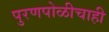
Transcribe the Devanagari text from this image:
पुरणपोळीचाही